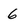
Character: 6